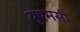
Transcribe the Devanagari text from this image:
यूएमसी